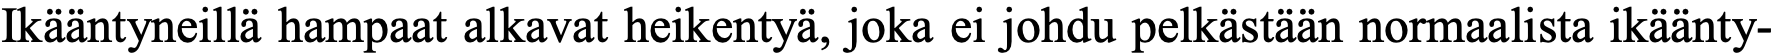
Ikääntyneillä hampaat alkavat heikentyä, joka ei johdu pelkästään normaalista ikäänty-